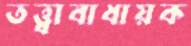
তত্ত্বাবাধায়ক